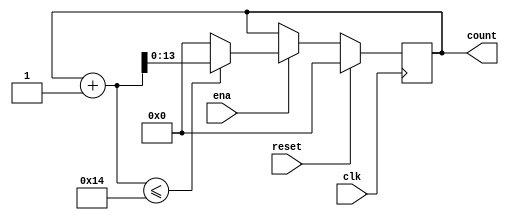
`define SIMULATION_MEMORY

module counter_20_1 (
	input clk,
	input reset,
	input ena,
	output reg [13:0] count
);

always @ (posedge clk) begin 
	if (reset) begin
		count <= 0;
	end else if (ena) begin
		if((count + 1) <= 20) begin
			count <= count + 1;
		end else begin
			count <= 14'd0;
		end
	end
end

endmodule